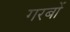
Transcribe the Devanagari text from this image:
गरबों